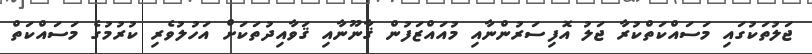
ޖަލުތަކުގައި މަސައްކަތްކުރާ ޖަލު އޮފިސަރުންނާއި މުއައްޒަފުން ޤާނޫނާއި ޤަވާއިދުތަކަށް އަހުލުވެރި ކުރުމުގެ މަސައްކަތް